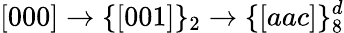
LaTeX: [000]\rightarrow\{ [001]\} _{2}\rightarrow\{ [aac]\} _{8}^{d}